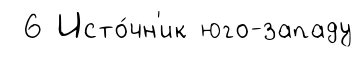
6 Исто́чн'ик юго-западу